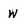
Character: w